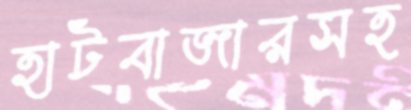
হাটবাজারসহ